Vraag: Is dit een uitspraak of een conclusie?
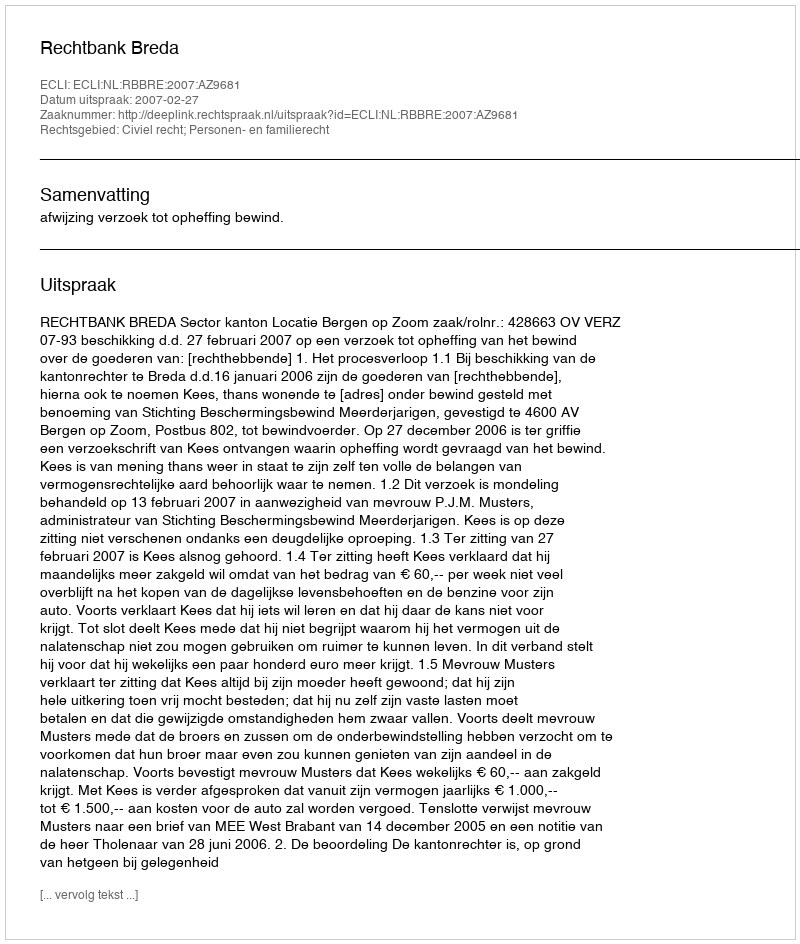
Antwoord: Uitspraak